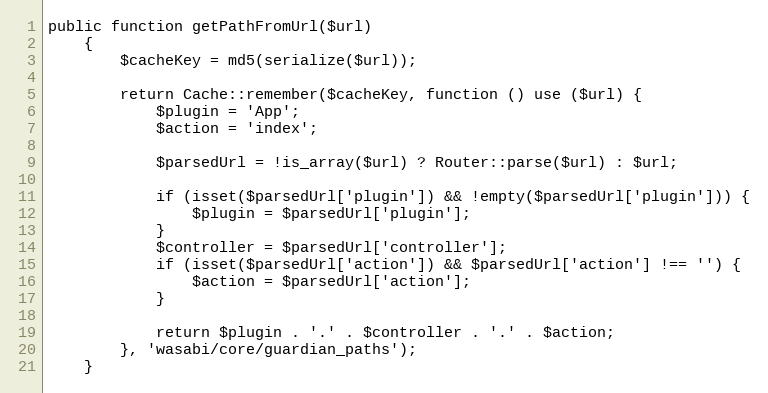
Language: PHP
public function getPathFromUrl($url)
    {
        $cacheKey = md5(serialize($url));

        return Cache::remember($cacheKey, function () use ($url) {
            $plugin = 'App';
            $action = 'index';

            $parsedUrl = !is_array($url) ? Router::parse($url) : $url;

            if (isset($parsedUrl['plugin']) && !empty($parsedUrl['plugin'])) {
                $plugin = $parsedUrl['plugin'];
            }
            $controller = $parsedUrl['controller'];
            if (isset($parsedUrl['action']) && $parsedUrl['action'] !== '') {
                $action = $parsedUrl['action'];
            }

            return $plugin . '.' . $controller . '.' . $action;
        }, 'wasabi/core/guardian_paths');
    }